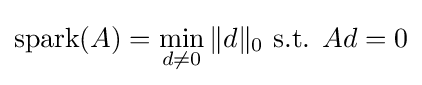
\mathrm {spark} (A)=\min _{d\neq 0}\|d\|_{0}{\text{  s.t.  }}Ad=0